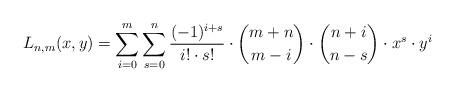
LaTeX: \begin{align*}L_{n,m}(x,y) = \sum\limits_{i=0}^m\sum\limits_{s=0}^n\frac{(-1)^{i+s}}{i!\cdot s!}\cdot{m+n\choose m - i}\cdot{n+i\choose n - s}\cdot x^s \cdot y^i\end{align*}